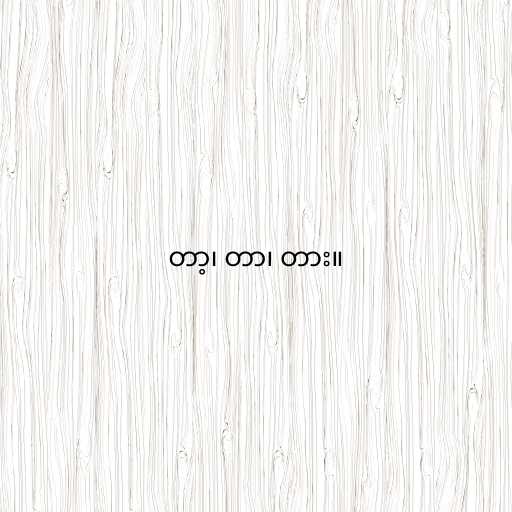
တာ့၊ တာ၊ တား။